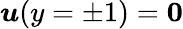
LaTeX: \boldsymbol{\mathit{u}}(y=\pm1)=\boldsymbol{0}